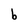
Character: b